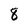
Character: 8